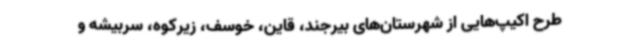
طرح اکیپ‌هایی از شهرستان‌های بیرجند، قاین، خوسف، زیرکوه، سربیشه و